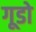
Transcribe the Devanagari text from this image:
गूडो